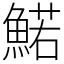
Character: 鰙